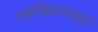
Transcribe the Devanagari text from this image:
महाविद्यलयातून